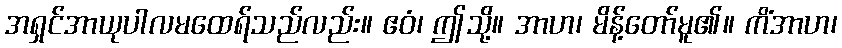
အရှင်အာယုပါလမထေရ်သည်လည်း။ ဧဝံ၊ ဤသို့။ အာဟ၊ မိန့်တော်မူ၏။ ကိံအာဟ၊